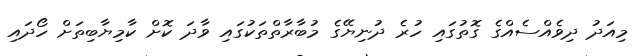
މިއަދު ދިވެއްސެއްގެ ގޮތުގައި ހުރެ ދުނިޔޭގެ މުބާރާތްތަކުގައި ވާދަ ކޮށް ކާމިޔާބިތަށް ހޯދައި